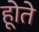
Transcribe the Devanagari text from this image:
होूते